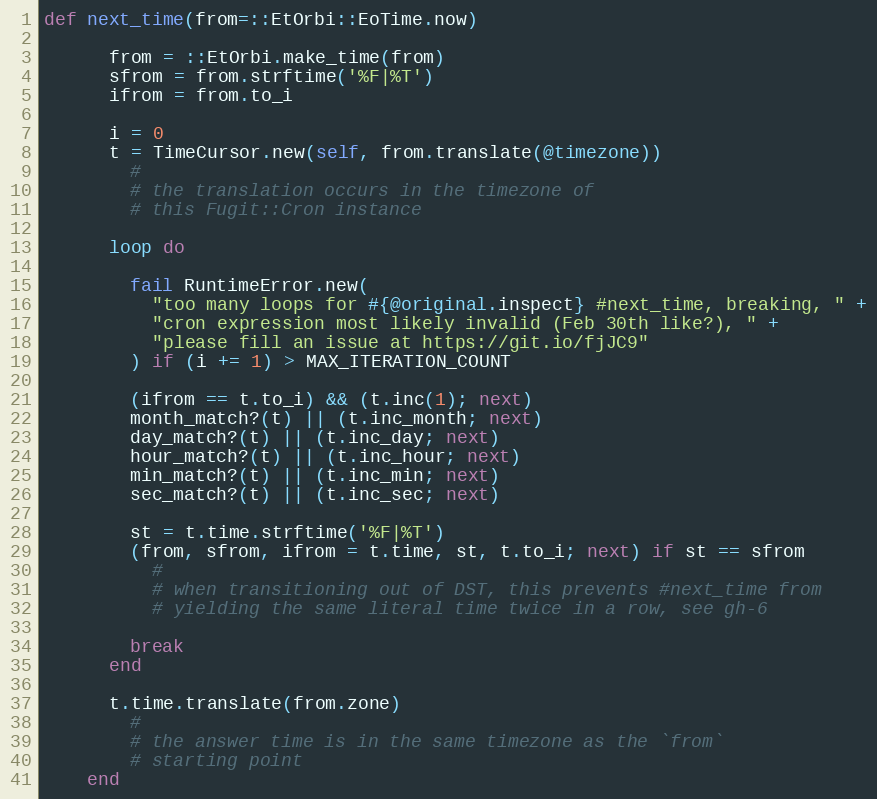
Language: Ruby
def next_time(from=::EtOrbi::EoTime.now)

      from = ::EtOrbi.make_time(from)
      sfrom = from.strftime('%F|%T')
      ifrom = from.to_i

      i = 0
      t = TimeCursor.new(self, from.translate(@timezone))
        #
        # the translation occurs in the timezone of
        # this Fugit::Cron instance

      loop do

        fail RuntimeError.new(
          "too many loops for #{@original.inspect} #next_time, breaking, " +
          "cron expression most likely invalid (Feb 30th like?), " +
          "please fill an issue at https://git.io/fjJC9"
        ) if (i += 1) > MAX_ITERATION_COUNT

        (ifrom == t.to_i) && (t.inc(1); next)
        month_match?(t) || (t.inc_month; next)
        day_match?(t) || (t.inc_day; next)
        hour_match?(t) || (t.inc_hour; next)
        min_match?(t) || (t.inc_min; next)
        sec_match?(t) || (t.inc_sec; next)

        st = t.time.strftime('%F|%T')
        (from, sfrom, ifrom = t.time, st, t.to_i; next) if st == sfrom
          #
          # when transitioning out of DST, this prevents #next_time from
          # yielding the same literal time twice in a row, see gh-6

        break
      end

      t.time.translate(from.zone)
        #
        # the answer time is in the same timezone as the `from`
        # starting point
    end